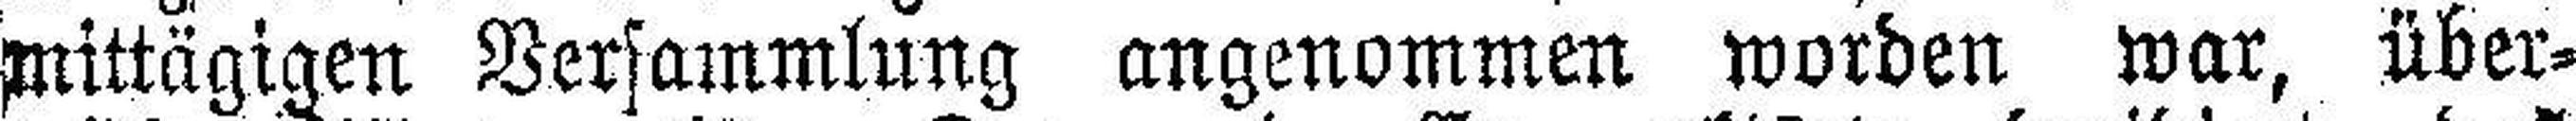
mittägigen Versammlung angenommen worden war, über¬